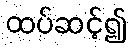
ထပ်ဆင့်၍